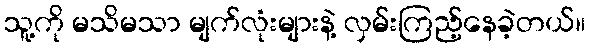
သူ့ကို မသိမသာ မျက်လုံးများနဲ့ လှမ်းကြည့်နေခဲ့တယ်။